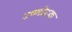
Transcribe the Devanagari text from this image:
उष्णोदक